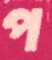
প